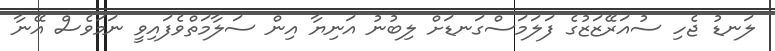
ލަނޑު ޖެހި ސުއަރޭޒަޒުގެ ފަލަމަސްގަނޑަށް ލިބުނު އަނިޔާ އިން ސަލާމަތްވެފައިވީ ނަމަވެސް އޭނާ